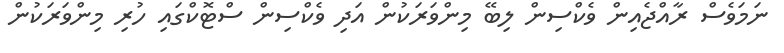
ނަމަވެސް ރާއްޖެއިން ވެކްސިން ލިބޭ މިންވަރަކުން އަދި ވެކްސިން ސްޓޮކްގައި ހުރި މިންވަރަކުން